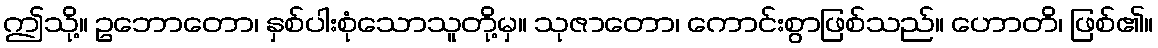
ဤသို့။ ဥဘောတော၊ နှစ်ပါးစုံသောသူတို့မှ။ သုဇာတော၊ ကောင်းစွာဖြစ်သည်။ ဟောတိ၊ ဖြစ်၏။